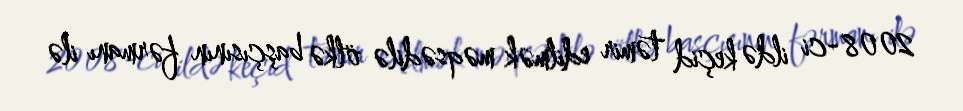
2008-ci ildə keçid təmir edilmək məqsədilə ölkə başçısının fərmanı ilə